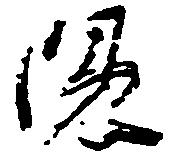
隠